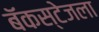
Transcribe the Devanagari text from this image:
बॅकस्टेजला